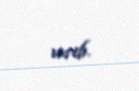
verib.